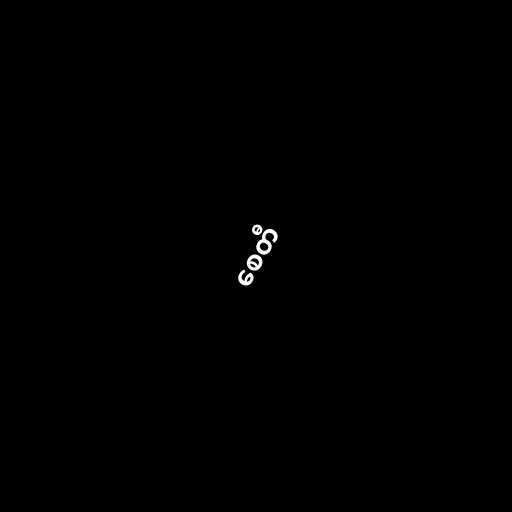
စေတီ